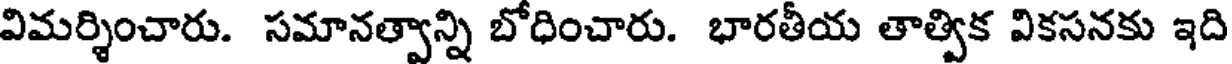
విమర్శించారు. సమానత్వాన్ని బోధించారు. భారతీయ తాత్విక వికసనకు ఇది